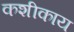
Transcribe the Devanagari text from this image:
कशीकाय